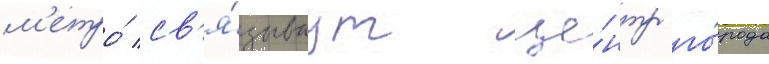
м'етро́ св'я́зываут це́нтр го́рода